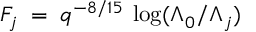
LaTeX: F _ { j } \; = \; q ^ { - 8 / 1 5 } \: \log ( \Lambda _ { 0 } ^ { } / \Lambda _ { j } ^ { } )